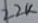
Text: 22K